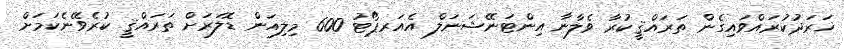
ޚަރަދުކުރައްވައިގެން ތަރައްޤީކުރާ ވެލާނާ އިންޓަނޭޝަނަލް އެއަރޕޯޓު 600 މިލިއަން ޑޮލަރަށް ތަރައްޤީ ކުރެވޭނެކަމަށް